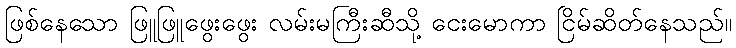
ဖြစ်နေသော ဖြူဖြူဖွေးဖွေး လမ်းမကြီးဆီသို့ ငေးမောကာ ငြိမ်ဆိတ်နေသည်။